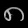
Digit: ၈